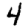
Digit: 4